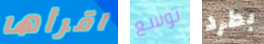
اقرأها توسع بطرد